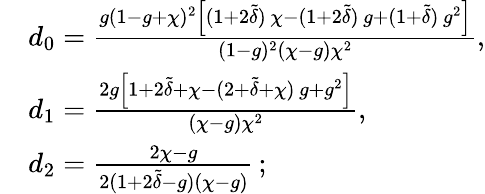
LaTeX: \begin{array}{rl}&{d_{0}=\frac{g(1-g+\chi)^{2}\left[(1+2\tilde{\delta})\, \chi-(1+2\tilde{\delta})\, g+(1+\tilde{\delta})\, g^{2}\right]}{(1-g)^{2}(\chi-g)\chi^{2}},}\\ &{d_{1}=\frac{2g\left[1+2\tilde{\delta}+\chi-(2+\tilde{\delta}+\chi)\, g+g^{2}\right]}{(\chi-g)\chi^{2}},}\\ &{d_{2}=\frac{2\chi-g}{2(1+2\tilde{\delta}-g)(\chi-g)}\, ;}\end{array}